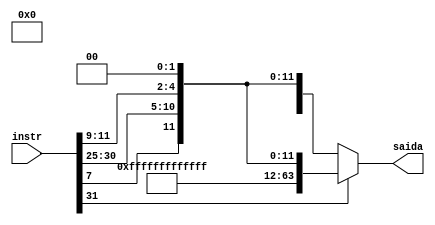
module ImediatoB #(parameter BITSENTRADA = 32, BITSIMM = 11, BITSSAIDA = 64)
(instr, saida);

input [BITSENTRADA-1:0] instr;
wire [BITSIMM-1:0] imm;
output [BITSSAIDA-1:0] saida;

assign imm = {instr[31], instr[7], instr[30:25], instr[11:9]};
assign saida = imm[BITSIMM - 1] ? {~(51'b0), imm, 2'b0} :
                                        {51'b0, imm, 2'b0};


endmodule